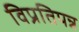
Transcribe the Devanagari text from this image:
विप्रतिपन्न